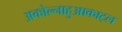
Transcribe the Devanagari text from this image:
अकोल्नाहुआकाट्ल